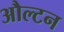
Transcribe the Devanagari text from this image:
औल्टन